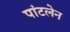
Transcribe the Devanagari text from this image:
पांटलेन